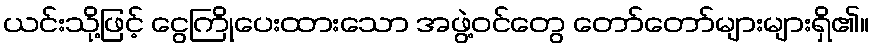
ယင်းသို့ဖြင့် ငွေကြိုပေးထားသော အဖွဲ့ဝင်တွေ တော်တော်များများရှိ၏။